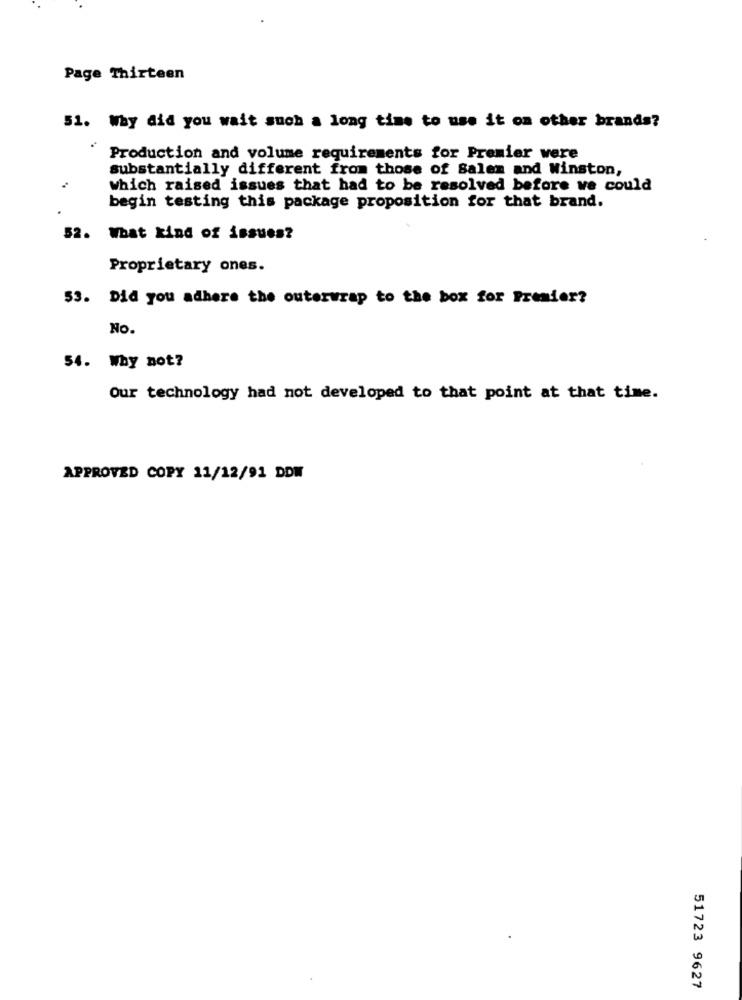
Page Thirteen
51. Why did you wait such a long time to use it on other brands?
Production and volume requirements for Premier were
substantially different from those of Salem and Winston,
which raised issues that had to be resolved before we could
begin testing this package proposition for that brand.
52. What kind of issues?
Proprietary ones.
53. Did you adhere the outerwrap to the box for Premier?
No.
54. Why not?
Our technology had not developed to that point at that time.
APPROVED COPY 11/12/91 DDW
51723 9627